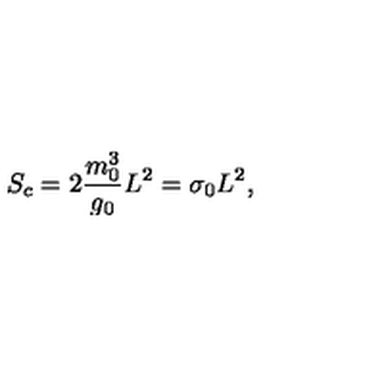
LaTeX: S _ { c } = 2 \frac { m _ { 0 } ^ { 3 } } { g _ { 0 } } L ^ { 2 } = \sigma _ { 0 } L ^ { 2 } ,